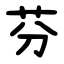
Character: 芬